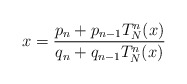
\begin{align*}x=\frac{p_n+p_{n-1}T_N^n(x)}{q_n+q_{n-1}T_N^n(x)}\end{align*}